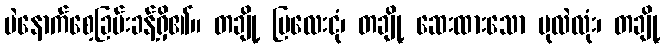
ပဲနောက်စေ့ခြမ်းခန့်ရှိ၏။ တချို့ မြလေးငုံ၊ တချို့ ဆေးထားသော ပုလဲလုံး၊ တချို့